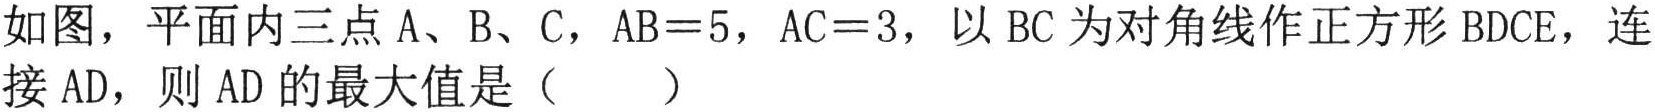
如图，平面内三点\(A\)、\(B\)、\(C\)，\(AB = 5\)，\(AC = 3\)，以\(BC\)为对角线作正方形\(BDCE\)，连接\(AD\)，则\(AD\)的最大值是（  ）